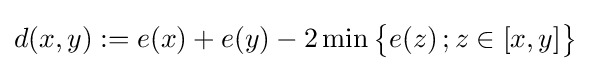
d(x,y):=e(x)+e(y)-2\min {\big \{}e(z)\,;z\in [x,y]{\big \}}